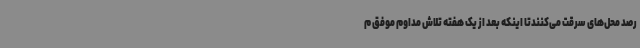
رصد محل‌های سرقت می‌کنندتا اینکه بعد از یک هفته تلاش مداوم موفق م